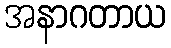
အနာဂတာယ